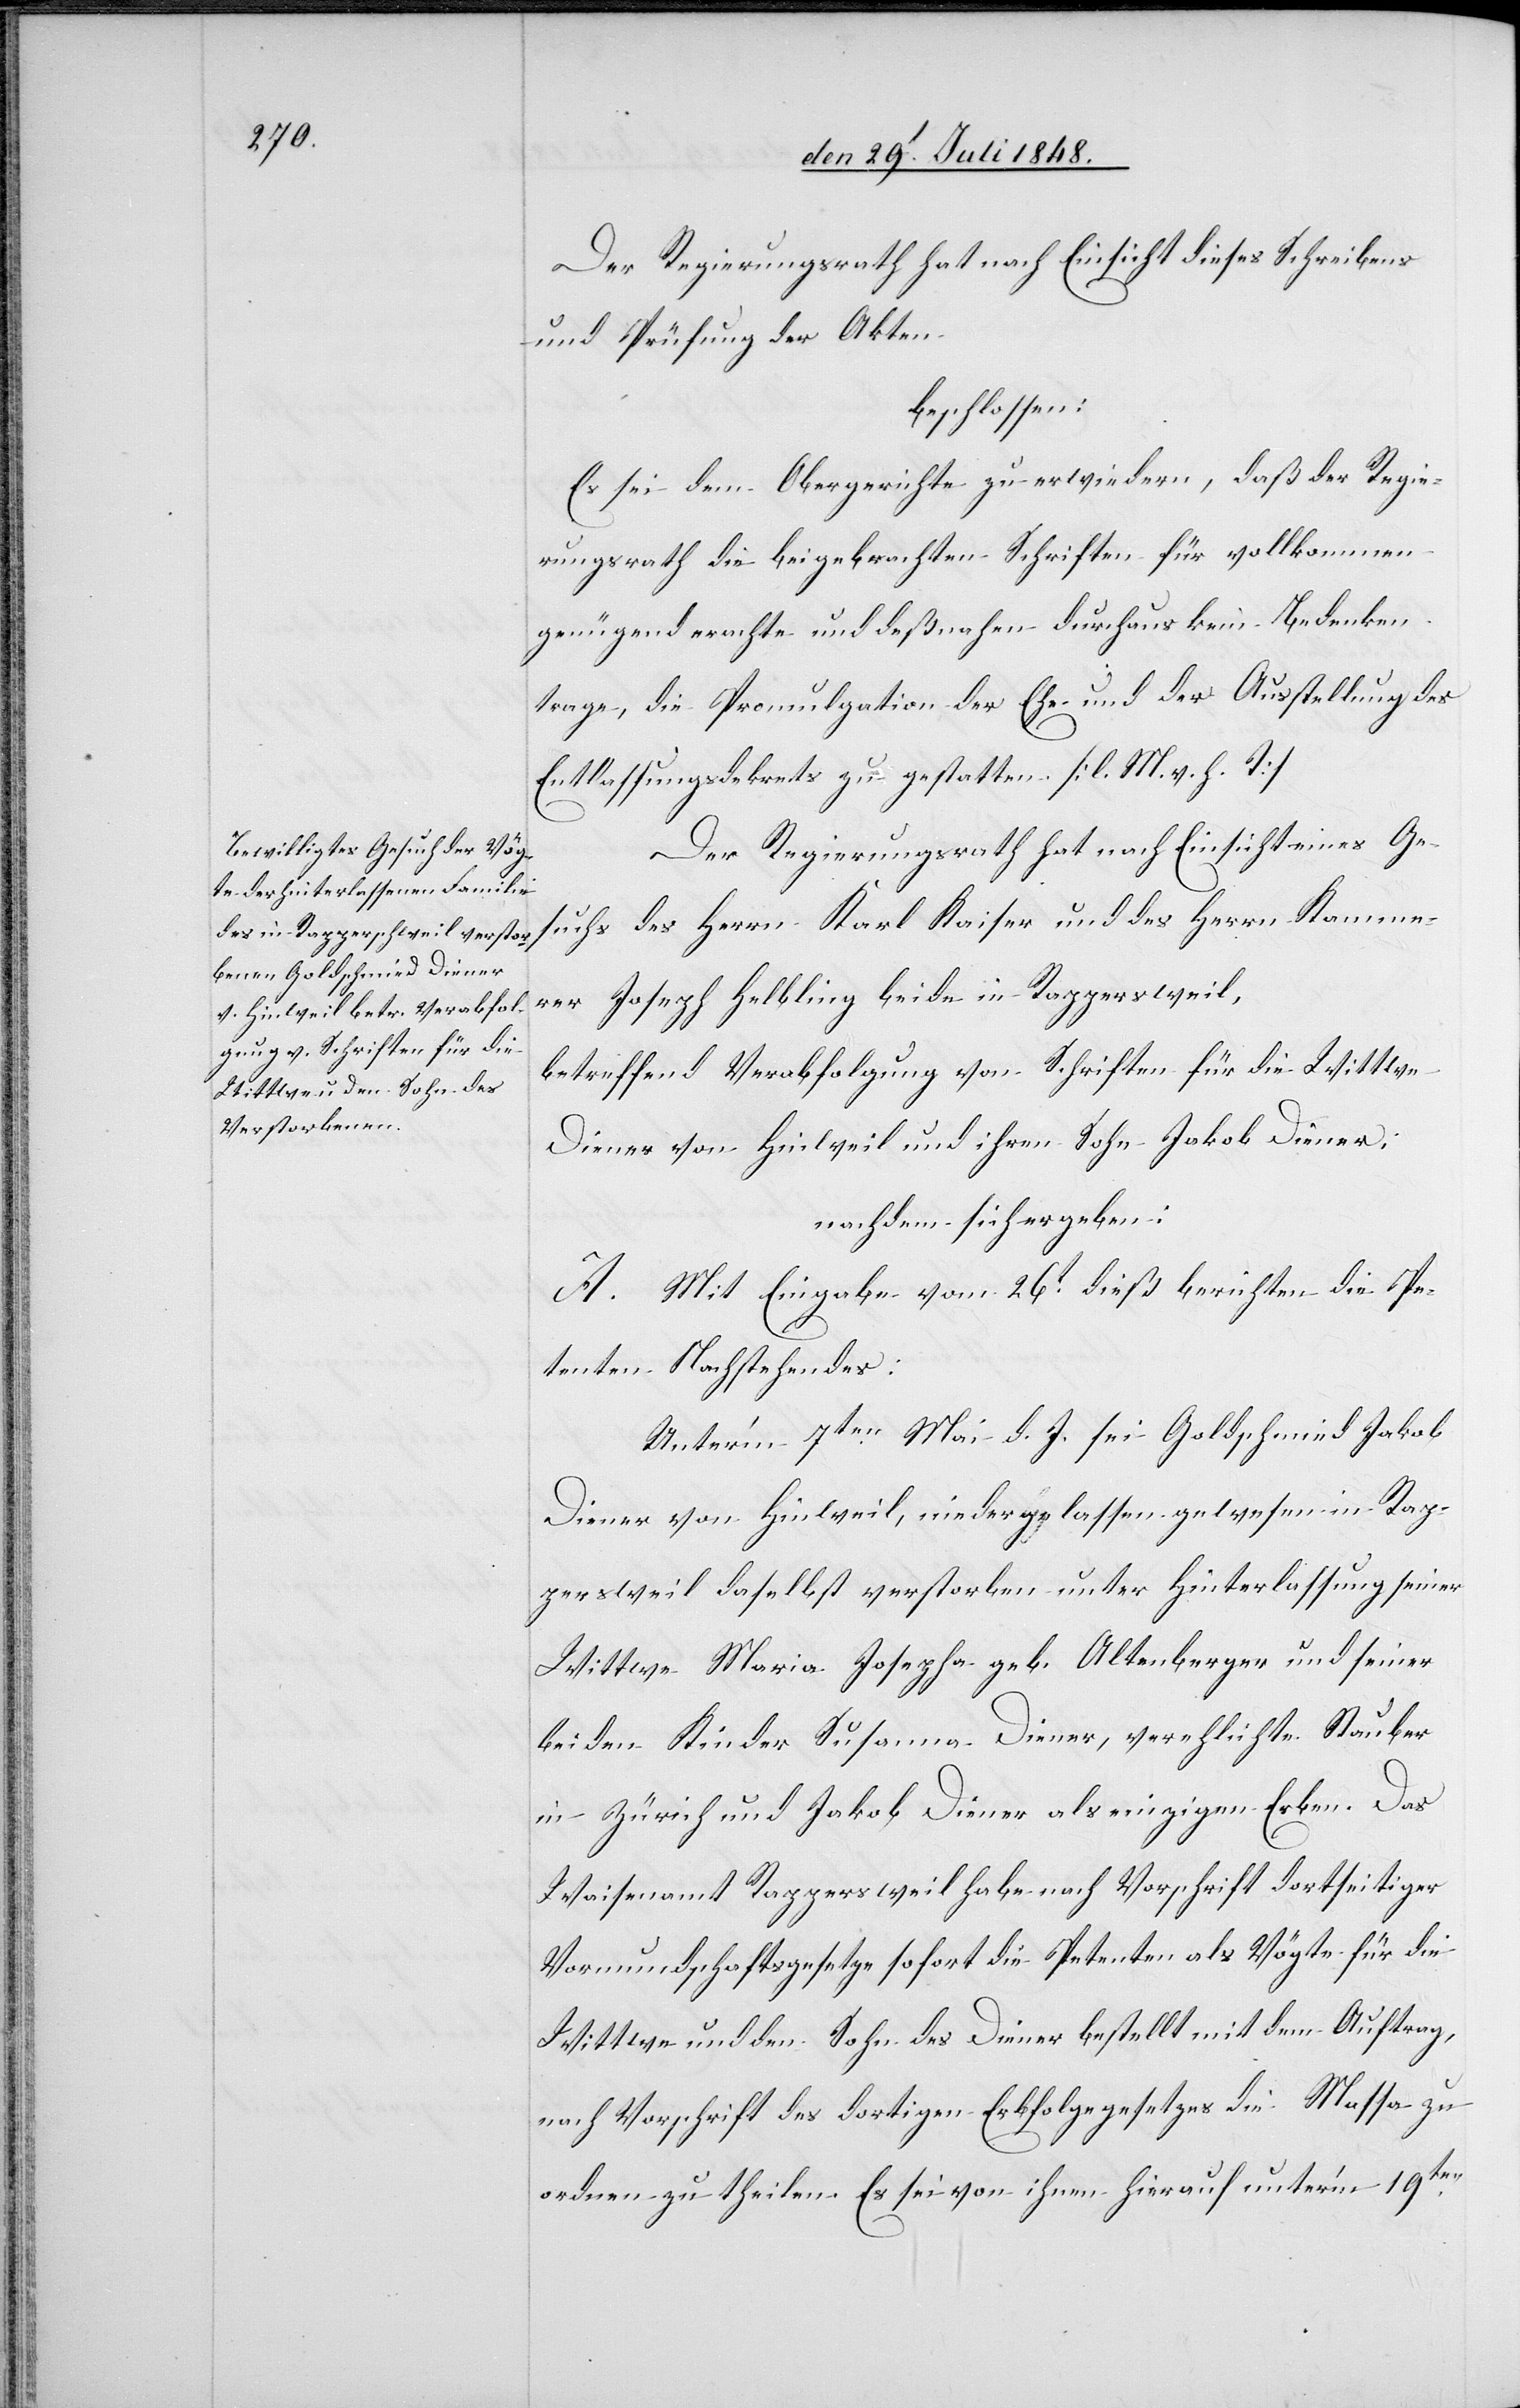
Der Regierungsrath hat nach Einsicht dieses Schreibens
und Prüfung der Akten
beschlossen:
Es sei dem Obergerichte zu erwiedern, daß der Regie¬
rungsrath die beigebrachten Schriften für vollkommen
genügend erachte und deßnahen durchaus kein Bedenken
trage, die Promulgation der Ehe und der Ausstellung des
Entlassungsdekrets zu gestatten. [l. M. v. h. T]
Der Regierungsrath hat nach Einsicht eines Ge¬
suchs des Herrn Karl Kaiser und des Herrn Kamme¬
rer Joseph Helbling beide in Rappersweil,
betreffend Verabfolgung von Schriften für die Wittwe
Diener von Hinweil und ihren Sohn Jakob Diener;
nachdem sich ergeben:
A. Mit Eingabe vom 26t dieß berichten die Pe¬
tenten Nachstehendes:
Unter’m 7ten Mai d. J. sei Goldschmied Jakob
Diener von Hinweil, niedergelassen gewesen in Rap¬
persweil daselbst verstorben unter Hinterlassung seiner
Wittwe Maria Josepha geb. Altenberger und seiner
beiden Kinder Susanna Diener, verehlichte Stauber
in Zürich und Jakob Diener als einzigen Erben. Das
Waisenamt Rappersweil habe nach Vorschrift dortseitiger
Vormundschaftsgesetze sofort die Petenten als Vögte für die
Wittwe und den Sohn des Diener bestellt mit dem Auftrag,
nach Vorschrift des dortigen Erbfolgegesetzes die Massa zu
ordnen zu theilen. Es sei von ihnen hierauf unter’m 19ten